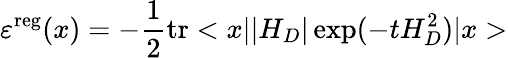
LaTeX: \varepsilon^{\mathrm{reg}}(x)=-\frac{1}{2}\mathrm{tr}<x||H_{D}|\exp(-tH_{D}^{2})|x>